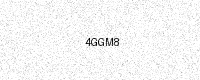
Text: 4GGM8